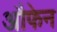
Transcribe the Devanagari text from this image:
औफेन